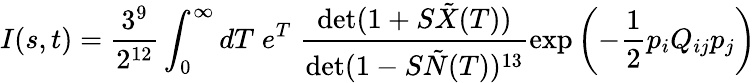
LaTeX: I(s,t)=\frac{3^{9}}{2^{12}}\int_{0}^{\infty}dT\; e^{T}\; \frac{\operatorname*{det}(1+S\tilde{X}(T))}{\operatorname*{det}(1-S\tilde{N}(T))^{13}}\exp\left(-\frac{1}{2}p_{i}Q_{ij}p_{j}\right)